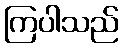
ကြပါသည်